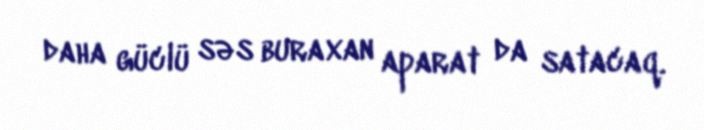
daha güclü səs buraxan aparat da satacaq.